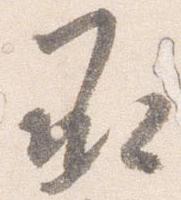
承